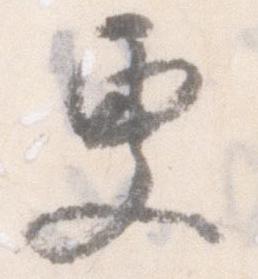
更